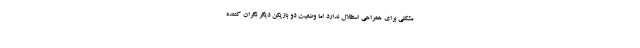
مشکلی برای همراهی استقلال ندارد اما وضعیت دو بازیکن دیگر نگران کننده